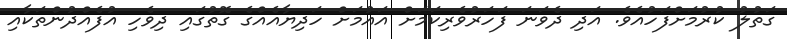
ގަތުލު ކުރުމަށްފަހުއެވެ. އަދި ދެވަނަ ފަހަރުވެރިކަމަށް އައުމަށް ހަދިޔާއެއްގެ ގޮތުގައި ދިވެހި އުފެއްދުންތަކާއި